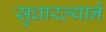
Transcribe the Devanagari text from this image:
सुधारल्याने